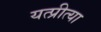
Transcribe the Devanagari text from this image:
यत्प्रीत्या